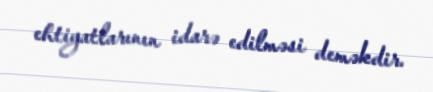
ehtiyatlarının idarə edilməsi deməkdir.